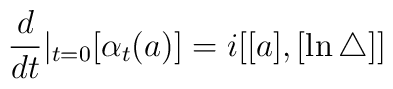
\frac d{dt}|_{t=0}[\alpha_t(a)]=i[[a],[\ln\bigtriangleup ]]